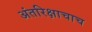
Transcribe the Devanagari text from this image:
अंतरिक्षाचाच